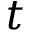
t